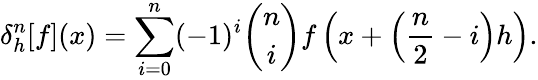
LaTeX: \delta_{h}^{n}[f](x)=\sum_{i=0}^{n}(-1)^{i}{\binom{n}{i}}f\left(x+\left({\frac{n}{2}}-i\right)h\right).